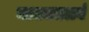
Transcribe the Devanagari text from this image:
नाट्यतत्त्वं